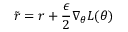
\Tilde { r } = r + \frac { \epsilon } { 2 } \nabla _ { \theta } L ( \theta )